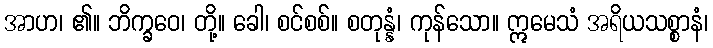
အာဟ၊ ၏။ ဘိက္ခဝေ၊ တို့။ ခေါ၊ စင်စစ်။ စတုန္နံ၊ ကုန်သော။ ဣမေသံ အရိယသစ္စာနံ၊